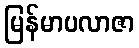
မြန်မာပလာဇာ